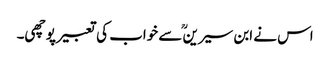
اس نے ابن سیرینؒ سے خواب کی تعبیر پوچھی۔